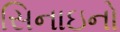
સિનાઇનો